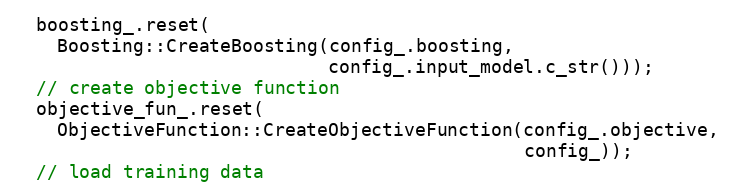
Language: C++
  boosting_.reset(
    Boosting::CreateBoosting(config_.boosting,
                             config_.input_model.c_str()));
  // create objective function
  objective_fun_.reset(
    ObjectiveFunction::CreateObjectiveFunction(config_.objective,
                                               config_));
  // load training data